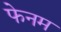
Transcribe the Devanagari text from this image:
फेनम